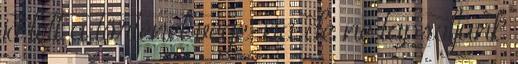
jó lett a történet vége, na de ne tapsoljunk